Calcutta medical institutions reports 1879-81 [i.e.91]
Year: 1879
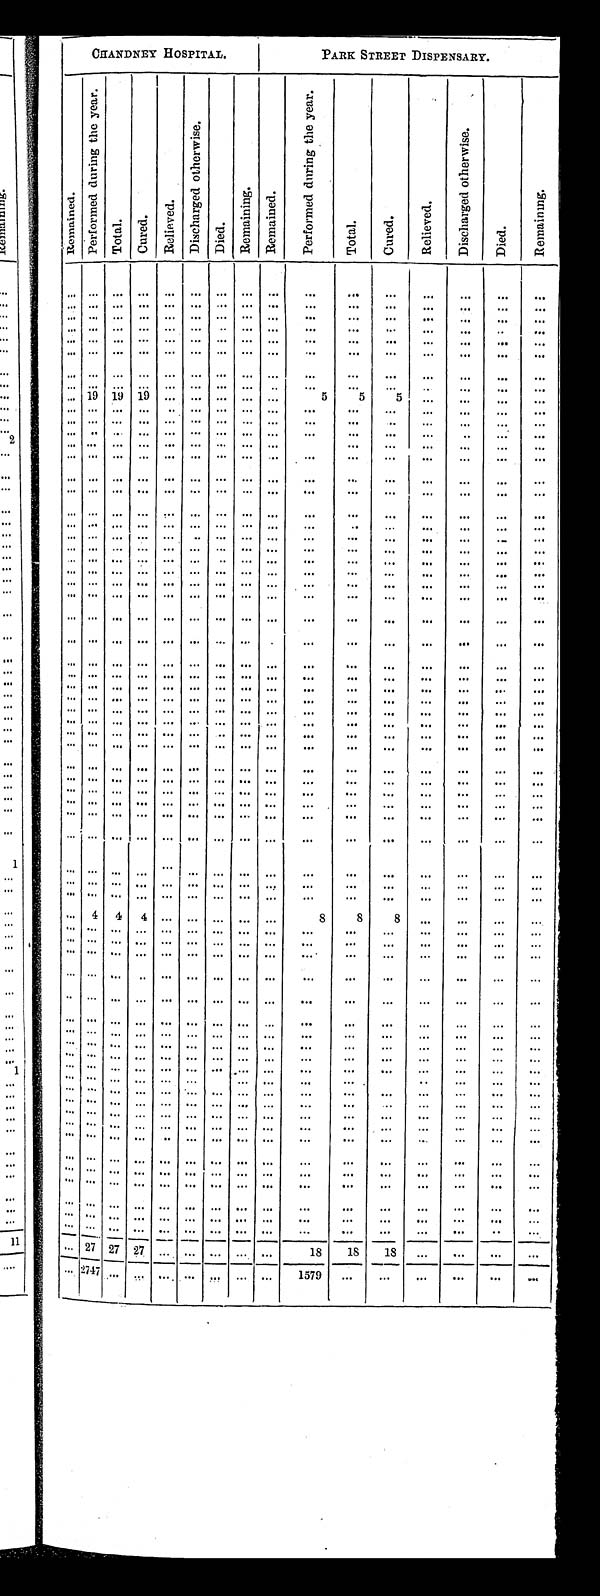
CHANDNEY HOSPITAL.
PARK STREET DISPENSARY.
R e m a i n e d .
P e r f o r m e d d u r i n g t h e y e a r .
T o t a l .
C u r e d .
R e l i e v e d .
D i s c h a r g e d o t h e r w i s e .
D i e d .
R e m a i n i n g .
R e m a i n e d .
P e r f o r m e d d u r i n g t h e y e a r .
T o t a l .
C u r e d .
R e l i e v e d .
D i s c h a r g e d o t h e r w i s e .
D i e d .
R e m a i n i n g .
. . .
. . .
. . .
. . .
. . .
. . .
. . .
. . .
. . .
. . .
. . . . . .
. . .
. . .
. . .
. . .
. . .
. . .
. . .
. . .
. . .
. . .
. . .
. . .
. . .
. . .
. . .
. . .
. . .
. . .
. . .
. . .
. . .
. . .
. . .
. . .
. . .
. . .
. . .
. . .
. . .
. . .
. . . . . .
. . .
. . .
. . .
. . .
. . .
. . .
. . .
. . .
. . .
. . .
. . .
. . .
. . .
. . .
. . . . . .
. . .
. . .
. . .
. . .
. . .
. . .
. . .
. . .
. . .
. . .
. . .
. . .
. . .
. . .
. . . . . .
. . .
. . .
. . .
. . .
. . .
. . .
. . .
. . .
. . .
. . .
. . .
. . .
. . .
. . .
. . . . . .
. . .
. . .
. . .
. . .
. . .
. . .
. . .
. . .
. . .
. . .
. . .
. . .
. . .
. . .
. . .
. . .
. . .
. . .
. . .
. . .
. . .
. . .
. . .
. . .
. . .
. . .
. . .
. . .
. . .
. . .
. . . . . .
. . .
. . .
. . .
. . .
. . .
1 9
1 9
1 9
. . .
. . .
. . .
. . .
. . .
5
5 5
. . .
. . .
. . .
. . .
. . .
. . .
. . .
. . .
. . .
. . .
. . .
. . .
. . .
. . .
. . .
. . .
. . .
. . .
. . .
. . .
. . .
. . .
. . .
. . .
. . .
. . .
. . .
. . .
. . .
. . .
. . .
. . .
. . .
. . .
. . .
. . .
. . .
. . .
. . .
. . .
. . .
. . .
. . .
. . .
. . .
. . .
. . .
. . .
. . .
. . .
. . .
. . .
. . .
. . .
. . .
. . .
. . .
. . .
. . .
. . .
. . .
. . .
. . . . . .
. . .
. . .
. . .
. . .
. . .
. . .
. . .
. . .
. . .
. . .
. . .
. . .
. . .
. . .
. . .
. . .
. . .
. . .
. . .
. . .
. . .
. . .
. . .
. . .
. . .
. . .
. . .
. . .
. . .
. . .
. . . . . .
. . .
. . .
. . .
. . .
. . .
. . .
. . .
. . .
. . .
. . .
. . .
. . .
. . .
. . .
. . .
. . .
. . .
. . .
. . .
. . .
. . .
. . .
. . .
. . .
. . .
. . .
. . .
. . .
. . .
. . .
. . .
. . .
. . .
. . .
. . .
. . .
. . .
. . .
. . .
. . .
. . .
. . .
. . .
. . .
. . .
. . .
. . . . . .
. . .
. . .
. . .
. . .
. . .
. . .
. . .
. . .
. . .
. . .
. . .
. . .
. . .
. . .
. . .
. . .
. . .
. . .
. . .
. . .
. . .
. . .
. . .
. . .
. . .
. . .
. . .
. . .
. . .
. . .
. . .
. . .
. . .
. . .
. . .
. . .
. . .
. . .
. . .
. . .
. . .
. . .
. . .
. . .
. . .
. . .
. . .
. . .
. . .
. . .
. . .
. . .
. . .
. . .
. . .
. . .
. . .
. . .
. . .
. . .
. . .
. . .
. . . . . .
. . .
. . .
. . .
. . .
. . .
. . .
. . .
. . .
. . .
. . .
. . .
. . .
. . .
. . .
. . .
. . .
. . .
. . .
. . .
. . .
. . .
. . .
. . .
. . .
. . .
. . .
. . .
. . .
. . .
. . .
. . . . . .
. . .
. . .
. . .
. . .
. . .
. . .
. . .
. . .
. . .
. . .
. . .
. . .
. . .
. . .
. . . . . .
. . .
. . .
. . .
. . .
. . .
. . .
. . .
. . .
. . .
. . .
. . .
. . .
. . .
. . .
. . . . . .
. . .
. . .
. . .
. . .
. . .
. . .
. . .
. . .
. . .
. . .
. . .
. . .
. . .
. . .
. . . . . .
. . .
. . .
. . .
. . .
. . .
. . .
. . .
. . .
. . .
. . .
. . .
. . .
. . .
. . .
. . .
. . .
. . .
. . .
. . .
. . .
. . .
. . .
. . .
. . .
. . .
. . .
. . .
. . .
. . .
. . .
. . .
. . .
. . .
. . .
. . .
. . .
. . .
. . .
. . .
. . .
. . .
. . .
. . .
. . .
. . .
. . .
. . .
. . .
. . .
. . .
. . .
. . .
. . .
. . .
. . .
. . .
. . .
. . .
. . .
. . .
. . .
. . .
. . .
. . .
. . .
. . .
. . .
. . .
. . .
. . .
. . .
. . .
. . .
. . .
. . .
. . .
. . .
. . .
. . .
. . .
. . .
. . .
. . .
. . .
. . .
. . .
. . .
. . .
. . .
. . .
. . .
. . .
. . .
. . .
. . .
. . .
. . .
. . .
. . .
. . .
. . .
. . .
. . .
. . .
. . .
. . .
. . .
. . .
. . .
. . .
. . . . . .
. . .
. . .
. . .
. . .
. . .
. . .
. . .
. . .
. . .
. . .
. . .
. . .
. . .
. . .
. . .
. . .
. . .
. . .
. . .
. . .
. . .
. . .
. . .
. . .
. . .
. . .
. . .
. . .
. . .
. . .
. . .
. . .
. . .
. . .
. . .
. . .
. . .
. . .
. . .
. . .
. . .
. . .
. . .
. . .
. . .
. . .
. . .
. . .
. . .
. . .
. . .
. . .
. . .
. . .
. . .
. . .
. . .
. . .
. . .
. . .
. . .
. . .
. . .
. . .
. . .
. . .
. . .
. . .
. . .
. . .
. . .
. . .
. . .
. . .
. . .
. . .
. . .
. . .
. . . . . .
. . .
. . .
. . .
. . .
. . .
. . .
. . .
. . .
. . .
. . . . . .
. . .
. . .
. . .
. . . . . .
. . .
. . .
. . .
. . .
. . .
. . .
. . .
. . .
. . .
. . .
. . .
. . .
. . .
. . .
. . .
. . .
. . .
. . .
. . .
. . .
. . .
. . .
. . .
. . .
. . .
. . .
. . .
. . .
. . .
. . .
. . . . . .
. . .
. . .
. . .
. . .
. . .
. . .
. . .
. . .
. . .
. . .
. . .
. . .
. . .
. . .
. . .
. . .
. . .
. . .
. . .
. . .
. . .
4
4
4
. . .
. . .
. . .
. . .
. . .
8
8 8
. . .
. . .
. . .
. . .
. . .
. . .
. . .
. . .
. . .
. . .
. . .
. . .
. . .
. . .
. . .
. . .
. . .
. . .
. . .
. . .
. . .
. . .
. . .
. . . . . .
. . .
. . .
. . .
. . .
. . .
. . .
. . .
. . .
. . .
. . .
. . .
. . .
. . .
. . .
. . .
. . .
. . .
. . .
. . .
. . .
. . .
. . .
. . .
. . .
. . .
. . .
. . .
. . .
. . .
. . .
. . .
. . .
. . .
. . .
. . .
. . .
. . .
. . .
. . .
. . .
. . .
. . .
. . .
. . .
. . .
. . .
. . .
. . .
. . .
. . .
. . .
. . .
. . .
. . .
. . .
. . .
. . .
. . .
. . .
. . .
. . .
. . .
. . .
. . .
. . .
. . .
. . .
. . .
. . .
. . . . . .
. . .
. . .
. . .
. . .
. . .
. . .
. . .
. . . . . .
. . .
. . .
. . .
. . .
. . .
. . .
. . .
. . .
. . .
. . .
. . .
. . .
. . .
. . .
. . .
. . .
. . .
. . .
. . .
. . .
. . .
. . . . . .
. . .
. . .
. . .
. . .
. . .
. . .
. . .
. . .
. . .
. . .
. . .
. . .
. . .
. . .
. . .
. . .
. . .
. . .
. . .
. . .
. . .
. . .
. . .
. . .
. . .
. . .
. . .
. . .
. . .
. . .
. . .
. . .
. . .
. . .
. . .
. . .
. . .
. . .
. . .
. . .
. . .
. . .
. . . . . .
. . .
. . .
. . . . . .
. . .
. . .
. . .
. . .
. . .
. . .
. . .
. . . . . .
. . .
. . .
. . .
. . .
. . .
. . .
. . .
. . .
. . .
. . .
. . .
. . .
. . .
. . .
. . .
. . .
. . .
. . .
. . .
. . .
. . .
. . . . . .
. . .
. . .
. . .
. . .
. . .
. . .
. . .
. . .
. . .
. . .
. . .
. . .
. . .
. . .
. . .
. . .
. . .
. . .
. . .
. . .
. . .
. . .
. . .
. . .
. . .
. . .
. . .
. . .
. . .
. . .
. . .
. . .
. . .
. . .
. . .
. . .
. . .
. . .
. . .
. . .
. . .
. . .
. . .
. . .
. . .
. . .
. . .
. . .
. . .
. . .
. . .
. . .
. . .
. . .
. . .
. . .
. . .
. . .
. . .
. . .
. . .
. . .
. . .
. . .
. . .
. . .
. . .
. . .
. . .
. . .
. . .
. . .
. . .
. . .
. . .
. . .
. . .
. . .
. . .
. . .
. . .
. . .
. . .
. . .
. . .
. . .
. . .
. . .
. . .
. . .
. . .
. . .
. . .
. . .
. . .
. . .
. . .
. . .
. . .
. . .
. . .
. . .
. . .
. . .
. . .
. . .
. . .
. . .
. . .
. . .
. . .
. . .
. . .
. . .
. . .
. . .
. . .
. . .
. . .
. . . . . .
. . .
. . .
. . .
. . .
. . .
. . .
. . .
. . .
. . .
. . .
. . .
. . .
. . .
. . .
. . .
. . .
. . .
. . .
. . .
. . .
. . .
. . . . . .
. . .
. . .
. . .
. . .
. . . 27 27 27
. . .
. . .
. . .
. . .
. . .
18
1 8
1 8
. . .
. . .
. . .
. . .
. . . 2747
. . .
. . .
. . .
. . .
. . .
. . .
. . .
1579
. . .
. . .
. . .
. . .
. . .
. . .